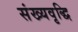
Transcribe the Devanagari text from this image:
संख्यवृद्धि